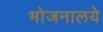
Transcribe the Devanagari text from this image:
भोजनालये